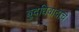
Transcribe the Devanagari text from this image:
बुद्धिवादाचे